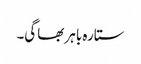
ستارہ باہر بھاگی۔